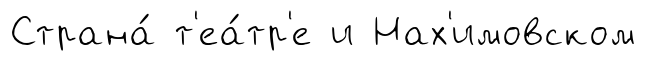
Страна́ т'еа́тр'е и Нах'имовском